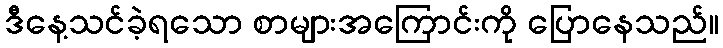
ဒီနေ့သင်ခဲ့ရသော စာများအကြောင်းကို ပြောနေသည်။